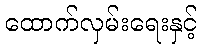
ထောက်လှမ်းရေးနှင့်